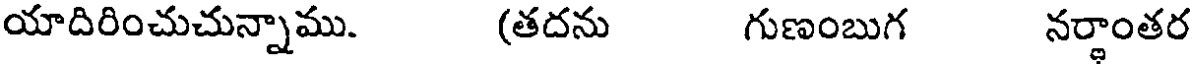
యాదిరించుచున్నాము. (తదను గుణంబుగ నర్థాంతర